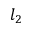
l _ { 2 }